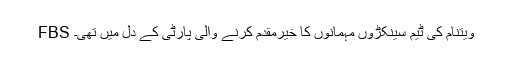
FBS ویتنام کی ٹیم سینکڑوں مہمانوں کا خیرمقدم کرنے والی پارٹی کے دل میں تھی۔